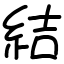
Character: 結